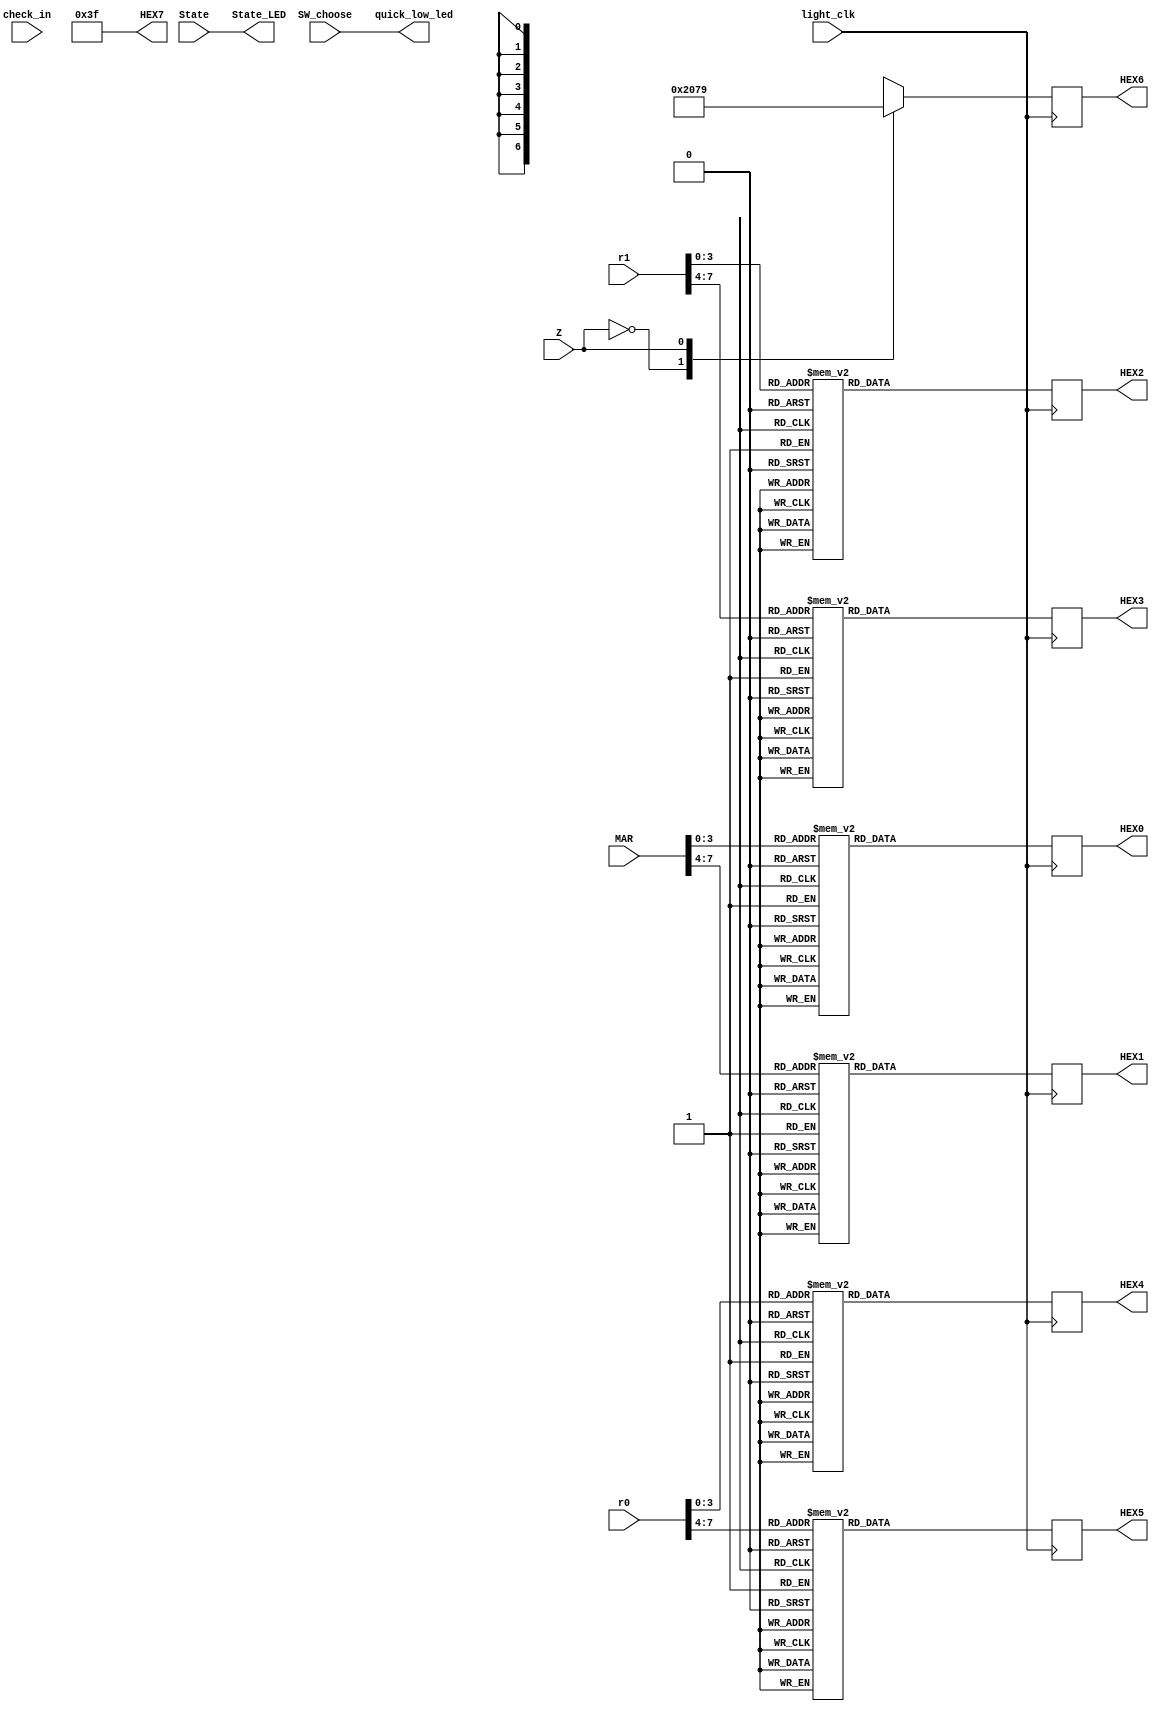
/*HEX6-HEX07*/
/*light_clklight1top.vclk_divclk_light
   SW_choose1top.v;
   check_in8check_outCPUcheck;
   readclr1
   StateCPU2CPU_Controller
   MAR8cpu.vaddr8hex0hex1
   r0r0r0r0dbushex4hex5
   r1r1r1r1dbushex2hex3
   Zzzhex6
   HEX0-HEX78
*/
module light_show(light_clk,SW_choose,check_in,State,MAR,r0,r1,Z,HEX0,HEX1,HEX2,HEX3,HEX4,HEX5,HEX6,HEX7,
						State_LED,quick_low_led);
input light_clk;
input SW_choose;
input [7:0] check_in;

input [1:0] State; //LEDG1~LEDG3
input [7:0] MAR; //hex01
input [7:0] r0,r1; //r0hex4,5;r1,hex2,3
input Z; //Zhex6

output reg [6:0] HEX0;
output reg [6:0] HEX1;
output reg [6:0] HEX2;
output reg [6:0] HEX3;
output reg [6:0] HEX4;
output reg [6:0] HEX5;
output reg [6:0] HEX6;
output [6:0] HEX7;
output [1:0] State_LED;
output quick_low_led;

assign HEX7 = 7'b0111111;


//always @(posedge light_clk or negedge K6 or posedge STP)
always @(posedge light_clk)
begin
	begin 
			case(MAR[3:0]) //hex0
				4'd0:HEX0 <= 7'b1000000;
				4'd1:HEX0 <= 7'b1111001;
				4'd2:HEX0 <= 7'b0100100;
				4'd3:HEX0 <= 7'b0110000;
				4'd4:HEX0 <= 7'b0011001;
				4'd5:HEX0 <= 7'b0010010;
				4'd6:HEX0 <= 7'b0000010;
				4'd7:HEX0 <= 7'b1111000;
				4'd8:HEX0 <= 7'b0000000;
				4'd9:HEX0 <= 7'b0010000;
				4'd10:HEX0 <= 7'b0011000;//a
				4'd11:HEX0 <= 7'b0000011;//b
				4'd12:HEX0 <= 7'b0100111;//c
				4'd13:HEX0 <= 7'b0100001;//d
				4'd14:HEX0 <= 7'b0000100;//e
				4'd15:HEX0 <= 7'b0001111;//f
				default:HEX0 <= 7'b0111111;
			endcase
			
			case(MAR[7:4]) //hex1
				4'd0:HEX1 <= 7'b1000000;
				4'd1:HEX1 <= 7'b1111001;
				4'd2:HEX1 <= 7'b0100100;
				4'd3:HEX1 <= 7'b0110000;
				4'd4:HEX1 <= 7'b0011001;
				4'd5:HEX1 <= 7'b0010010;
				4'd6:HEX1 <= 7'b0000010;
				4'd7:HEX1 <= 7'b1111000;
				4'd8:HEX1 <= 7'b0000000;
				4'd9:HEX1 <= 7'b0010000;
				4'd10:HEX1 <= 7'b0011000;//a
				4'd11:HEX1 <= 7'b0000011;//b
				4'd12:HEX1 <= 7'b0100111;//c
				4'd13:HEX1 <= 7'b0100001;//d
				4'd14:HEX1 <= 7'b0000100;//e
				4'd15:HEX1 <= 7'b0001111;//f
				default:HEX1 <= 7'b0111111;
			endcase
			
			case(Z) //hex6
				4'd0:HEX6 <= 7'b1000000;
				4'd1:HEX6 <= 7'b1111001;
				default:HEX6 <= 7'b0111111;
			endcase
			
			case(r0[3:0]) //hex4
				4'd0:HEX4 <= 7'b1000000;
				4'd1:HEX4 <= 7'b1111001;
				4'd2:HEX4 <= 7'b0100100;
				4'd3:HEX4 <= 7'b0110000;
				4'd4:HEX4 <= 7'b0011001;
				4'd5:HEX4 <= 7'b0010010;
				4'd6:HEX4 <= 7'b0000010;
				4'd7:HEX4 <= 7'b1111000;
				4'd8:HEX4 <= 7'b0000000;
				4'd9:HEX4 <= 7'b0010000;
				4'd10:HEX4 <= 7'b0011000;//a
				4'd11:HEX4 <= 7'b0000011;//b
				4'd12:HEX4 <= 7'b0100111;//c
				4'd13:HEX4 <= 7'b0100001;//d
				4'd14:HEX4 <= 7'b0000100;//e
				4'd15:HEX4 <= 7'b0001111;//f
				default:HEX4 <= 7'b0111111;
			endcase

			case(r0[7:4]) //hex5
				4'd0:HEX5 <= 7'b1000000;
				4'd1:HEX5 <= 7'b1111001;
				4'd2:HEX5 <= 7'b0100100;
				4'd3:HEX5 <= 7'b0110000;
				4'd4:HEX5 <= 7'b0011001;
				4'd5:HEX5 <= 7'b0010010;
				4'd6:HEX5 <= 7'b0000010;
				4'd7:HEX5 <= 7'b1111000;
				4'd8:HEX5 <= 7'b0000000;
				4'd9:HEX5 <= 7'b0010000;
				4'd10:HEX5 <= 7'b0011000;//a
				4'd11:HEX5 <= 7'b0000011;//b
				4'd12:HEX5 <= 7'b0100111;//c
				4'd13:HEX5 <= 7'b0100001;//d
				4'd14:HEX5 <= 7'b0000100;//e
				4'd15:HEX5 <= 7'b0001111;//f
				default:HEX5 <= 7'b0111111;
			endcase
			

			case(r1[3:0]) //hex2
				4'd0:HEX2 <= 7'b1000000;
				4'd1:HEX2 <= 7'b1111001;
				4'd2:HEX2 <= 7'b0100100;
				4'd3:HEX2 <= 7'b0110000;
				4'd4:HEX2 <= 7'b0011001;
				4'd5:HEX2 <= 7'b0010010;
				4'd6:HEX2 <= 7'b0000010;
				4'd7:HEX2 <= 7'b1111000;
				4'd8:HEX2 <= 7'b0000000;
				4'd9:HEX2 <= 7'b0010000;
				4'd10:HEX2 <= 7'b0011000;//a
				4'd11:HEX2 <= 7'b0000011;//b
				4'd12:HEX2 <= 7'b0100111;//c
				4'd13:HEX2 <= 7'b0100001;//d
				4'd14:HEX2 <= 7'b0000100;//e
				4'd15:HEX2 <= 7'b0001111;//f
				default:HEX2 <= 7'b0111111;
			endcase
			

			case(r1[7:4]) //hex3
				4'd0:HEX3 <= 7'b1000000;
				4'd1:HEX3 <= 7'b1111001;
				4'd2:HEX3 <= 7'b0100100;
				4'd3:HEX3 <= 7'b0110000;
				4'd4:HEX3 <= 7'b0011001;
				4'd5:HEX3 <= 7'b0010010;
				4'd6:HEX3 <= 7'b0000010;
				4'd7:HEX3 <= 7'b1111000;
				4'd8:HEX3 <= 7'b0000000;
				4'd9:HEX3 <= 7'b0010000;
				4'd10:HEX3 <= 7'b0011000;//a
				4'd11:HEX3 <= 7'b0000011;//b
				4'd12:HEX3 <= 7'b0100111;//c
				4'd13:HEX3 <= 7'b0100001;//d
				4'd14:HEX3 <= 7'b0000100;//e
				4'd15:HEX3 <= 7'b0001111;//f
				default:HEX3 <= 7'b0111111;
			endcase	
	end	
end


assign State_LED = State; //
assign quick_low_led = SW_choose;//

endmodule